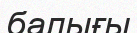
балығы